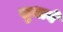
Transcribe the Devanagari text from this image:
सुधाने